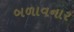
બળાવનાર